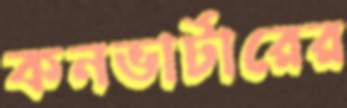
কনভার্টারের